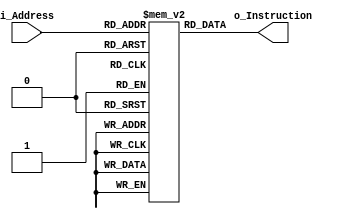
`timescale 1ns / 1ps
//////////////////////////////////////////////////////////////////////////////////
// Company: 
// Engineer: 
// 
// Design Name: 
// Module Name: ROM
// Project Name: 
// Target Devices: 
// Tool Versions: 
// Description: 
// 
// Dependencies: 
// 
// Revision:
// Revision 0.01 - File Created
// Additional Comments:
// 
//////////////////////////////////////////////////////////////////////////////////


module ROM(
    input [7:0] i_Address,
    output [8:0]o_Instruction
    );
    
    reg [8:0] inst [0:255];
    initial begin
	   inst[0] <= 9'b111111111; //nop	
	   inst[1] <= 9'b000001010; //load r1, 2	
	   inst[2] <= 9'b000010011; //load r2, 3	
	   inst[3] <= 9'b000100001; //load r4, 1
	   inst[4] <= 9'b000101101; //load r5, 5 
	   inst[5] <= 9'b101001000;  //math r1 suma = r0=0+2 r0=2, r0=2+2 r0=4, r0=4+2 r0=6 loop
	   inst[6] <= 9'b100011000;   // move r3, r0 
	   inst[7] <= 9'b100000010; // move r0, r2
	   inst[8] <= 9'b101100001; //math r4, resta r0=3-1 primer r3=2, segunda 2-1 1, tercera 1-1 0
	   inst[9] <= 9'b100010000; // move r2, r0
	   inst[10] <= 9'b100000011;   //move r0,r3
	   inst[11] <= 9'b110101011;  //jump 101 011
	   inst[12] <= 9'b000001001; //load r1,1
	   inst[13] <= 9'b011001000; //store r1, r0
	   
//	   inst[0] <= 9'b000001110;  //load r1, 3
//	   inst[1] <= 9'b000010010;  //load r2, 2
//	   inst[2] <= 9'b000100001; //load r4, 1
//	   inst[3] <= 9'b000101100;  //load r5, 4
//	   inst[4] <= 9'b101100000;  //math r4,suma r0=0+1 r0=1,r0=1+1 r0=2, r0=2+1 r0=3
//	   inst[5] <= 9'b100011000;  //mov r3,r0
//	   inst[6] <= 9'b100000001;  //mov r0,r1
//	   inst[7] <= 9'b101010001;  //math r2,resta r0=6-2 primer r0=4, r0=4-2 r0=2, r0=2-2, r0=0
//	   inst[8] <= 9'b100001000;  //mov r1,r0
//	   inst[9] <= 9'b100000011;  //move r0,r3
//	   inst[10] <= 9'b110101111;  //jump si el valor de r0 = 0 N=0
//	   inst[11] <= 9'b000001111; //load r1,7
//	   inst[12] <= 9'b011110000;  //store r6,r0


	end

    assign o_Instruction = inst[i_Address];
endmodule